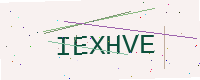
Text: IEXHVE